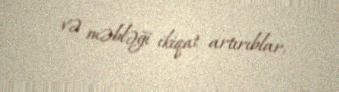
və məbləği ikiqat artırıblar.